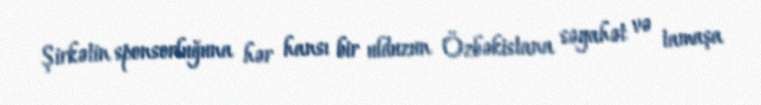
Şirkətin sponsorluğuna hər hansı bir ulduzun Özbəkistana səyahət və tamaşa